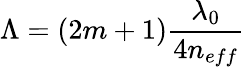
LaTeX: \Lambda=(2m+1)\frac{\lambda_{0}}{4n_{eff}}